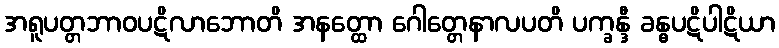
အရူပတ္တဘာဝပဋိလာဘောတိ အနတ္ထော ဂေါတ္တေနာလပတိ ပက္ခန္ဒီ ခန္ဓပဋိပါဋိယာ